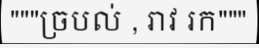
"""ច្របល់ , រាវ រក"""